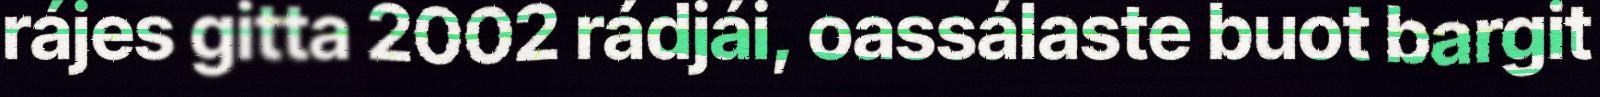
rájes gitta 2002 rádjái, oassálaste buot bargit